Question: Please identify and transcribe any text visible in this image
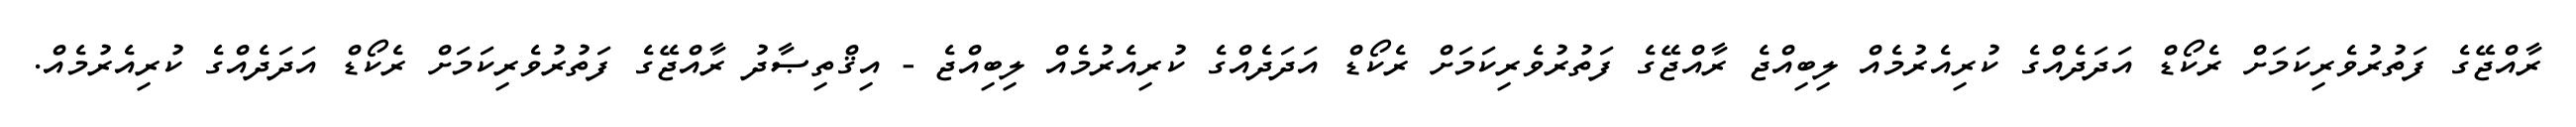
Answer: ރާއްޖޭގެ ފަތުރުވެރިކަމަށް ރެކޯޑް އަދަދެއްގެ ކުރިއެރުމެއް ލިބިއްޖެ ރާއްޖޭގެ ފަތުރުވެރިކަމަށް ރެކޯޑް އަދަދެއްގެ ކުރިއެރުމެއް ލިބިއްޖެ - އިޤްތިޞާދު ރާއްޖޭގެ ފަތުރުވެރިކަމަށް ރެކޯޑް އަދަދެއްގެ ކުރިއެރުމެއް.